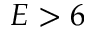
E > 6